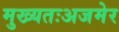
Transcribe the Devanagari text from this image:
मुख्यतःअजमेर